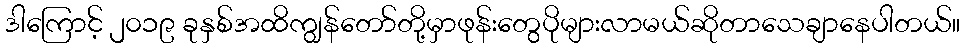
ဒါကြောင့် ၂၀၁၉ ခုနှစ်အထိကျွန်တော်တို့မှာဖုန်းတွေပိုများလာမယ်ဆိုတာသေချာနေပါတယ်။